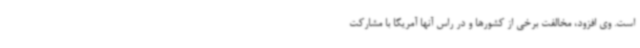
است. وی افزود، مخالفت برخی از کشورها و در راس آنها آمریکا با مشارکت